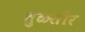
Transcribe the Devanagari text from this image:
तुळसीर